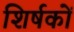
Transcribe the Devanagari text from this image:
शिर्षकों